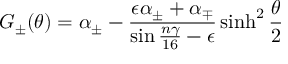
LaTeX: G _ { \pm } ( \theta ) = \alpha _ { \pm } - \frac { \epsilon \alpha _ { \pm } + \alpha _ { \mp } } { \sin { \frac { n \gamma } { 1 6 } } - \epsilon } \sinh ^ { 2 } \frac { \theta } { 2 }